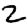
Digit: 2